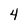
Character: 4